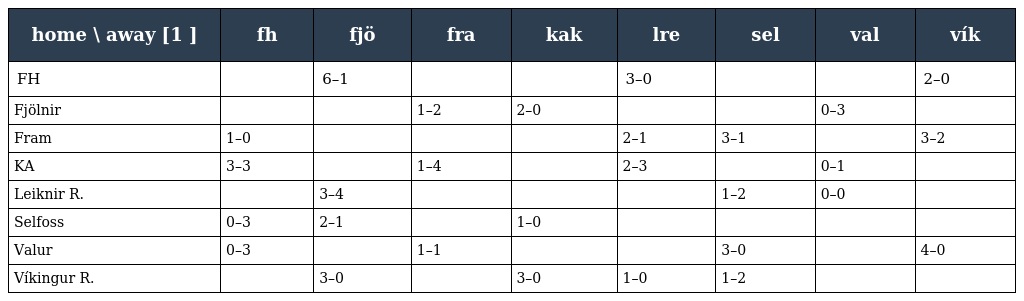
| home \ away [1 ] | fh | fjö | fra | kak | lre | sel | val | vík |
 | --- | --- | --- | --- | --- | --- | --- | --- | --- |
 | FH |  | 6–1 |  |  | 3–0 |  |  | 2–0 |
 | Fjölnir |  |  | 1–2 | 2–0 |  |  | 0–3 |  |
 | Fram | 1–0 |  |  |  | 2–1 | 3–1 |  | 3–2 |
 | KA | 3–3 |  | 1–4 |  | 2–3 |  | 0–1 |  |
 | Leiknir R. |  | 3–4 |  |  |  | 1–2 | 0–0 |  |
 | Selfoss | 0–3 | 2–1 |  | 1–0 |  |  |  |  |
 | Valur | 0–3 |  | 1–1 |  |  | 3–0 |  | 4–0 |
 | Víkingur R. |  | 3–0 |  | 3–0 | 1–0 | 1–2 |  |  |